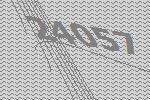
24057